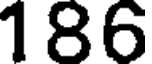
186